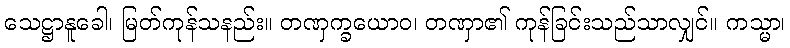
သေဋ္ဌာနူခေါ၊ မြတ်ကုန်သနည်း။ တဏှက္ခယောဝ၊ တဏှာ၏ ကုန်ခြင်းသည်သာလျှင်။ ကသ္မာ၊